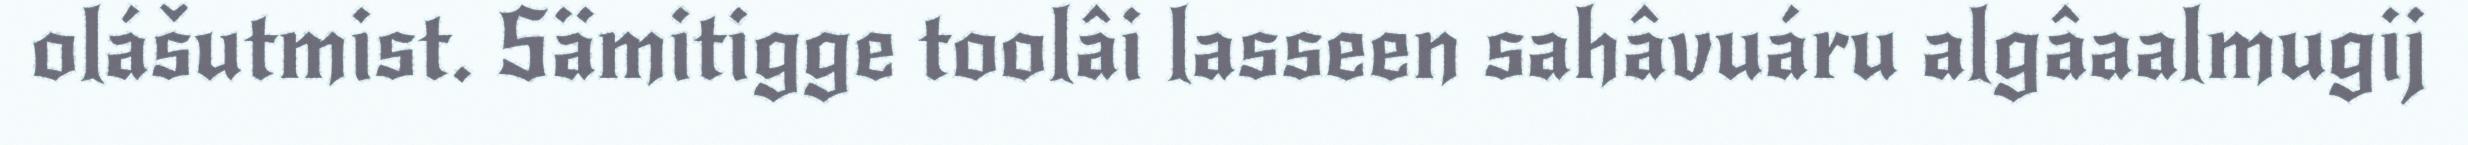
olášutmist. Sämitigge toolâi lasseen sahâvuáru algâaalmugij